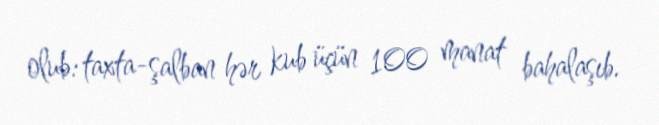
olub: taxta-şalban hər kub üçün 100 manat bahalaşıb.